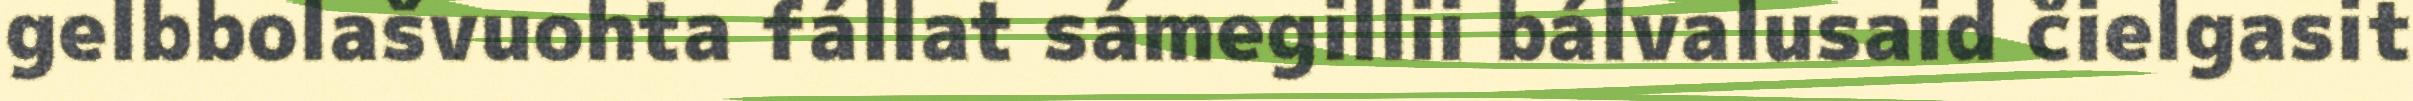
gelbbolašvuohta fállat sámegillii bálvalusaid čielgasit